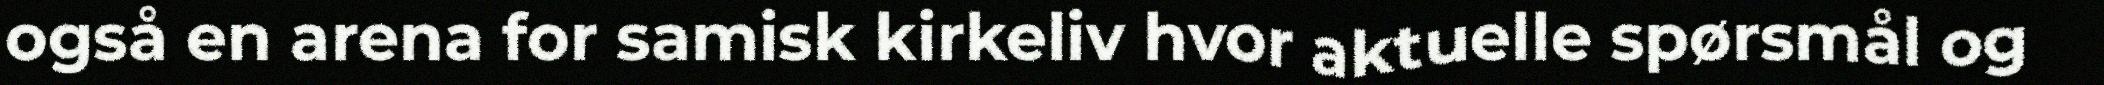
også en arena for samisk kirkeliv hvor aktuelle spørsmål og